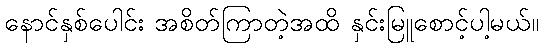
နောင်နှစ်ပေါင်း အစိတ်ကြာတဲ့အထိ နှင်းမြူစောင့်ပါ့မယ်။